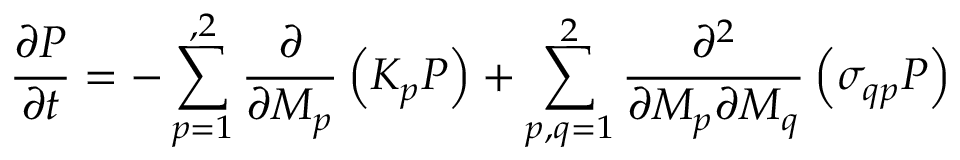
\frac { \partial P } { \partial t } = - \sum _ { p = 1 } ^ { , 2 } \frac { \partial } { \partial M _ { p } } \left( K _ { p } P \right) + \sum _ { p , q = 1 } ^ { 2 } \frac { \partial ^ { 2 } } { \partial M _ { p } \partial M _ { q } } \left( \sigma _ { q p } P \right)